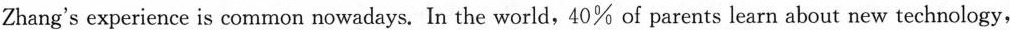
to the new world by themselves。